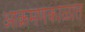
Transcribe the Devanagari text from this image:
आक्रमणकाळात